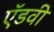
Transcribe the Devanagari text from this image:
ऍडवी